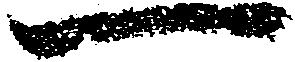
一